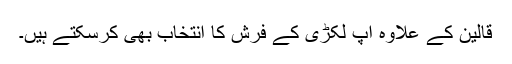
قالین کے علاوہ آپ لکڑی کے فرش کا انتخاب بھی کرسکتے ہیں۔